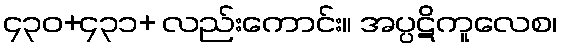
၄၃၀+၄၃၁+ လည်းကောင်း။ အပ္ပဋိကူလေစ၊